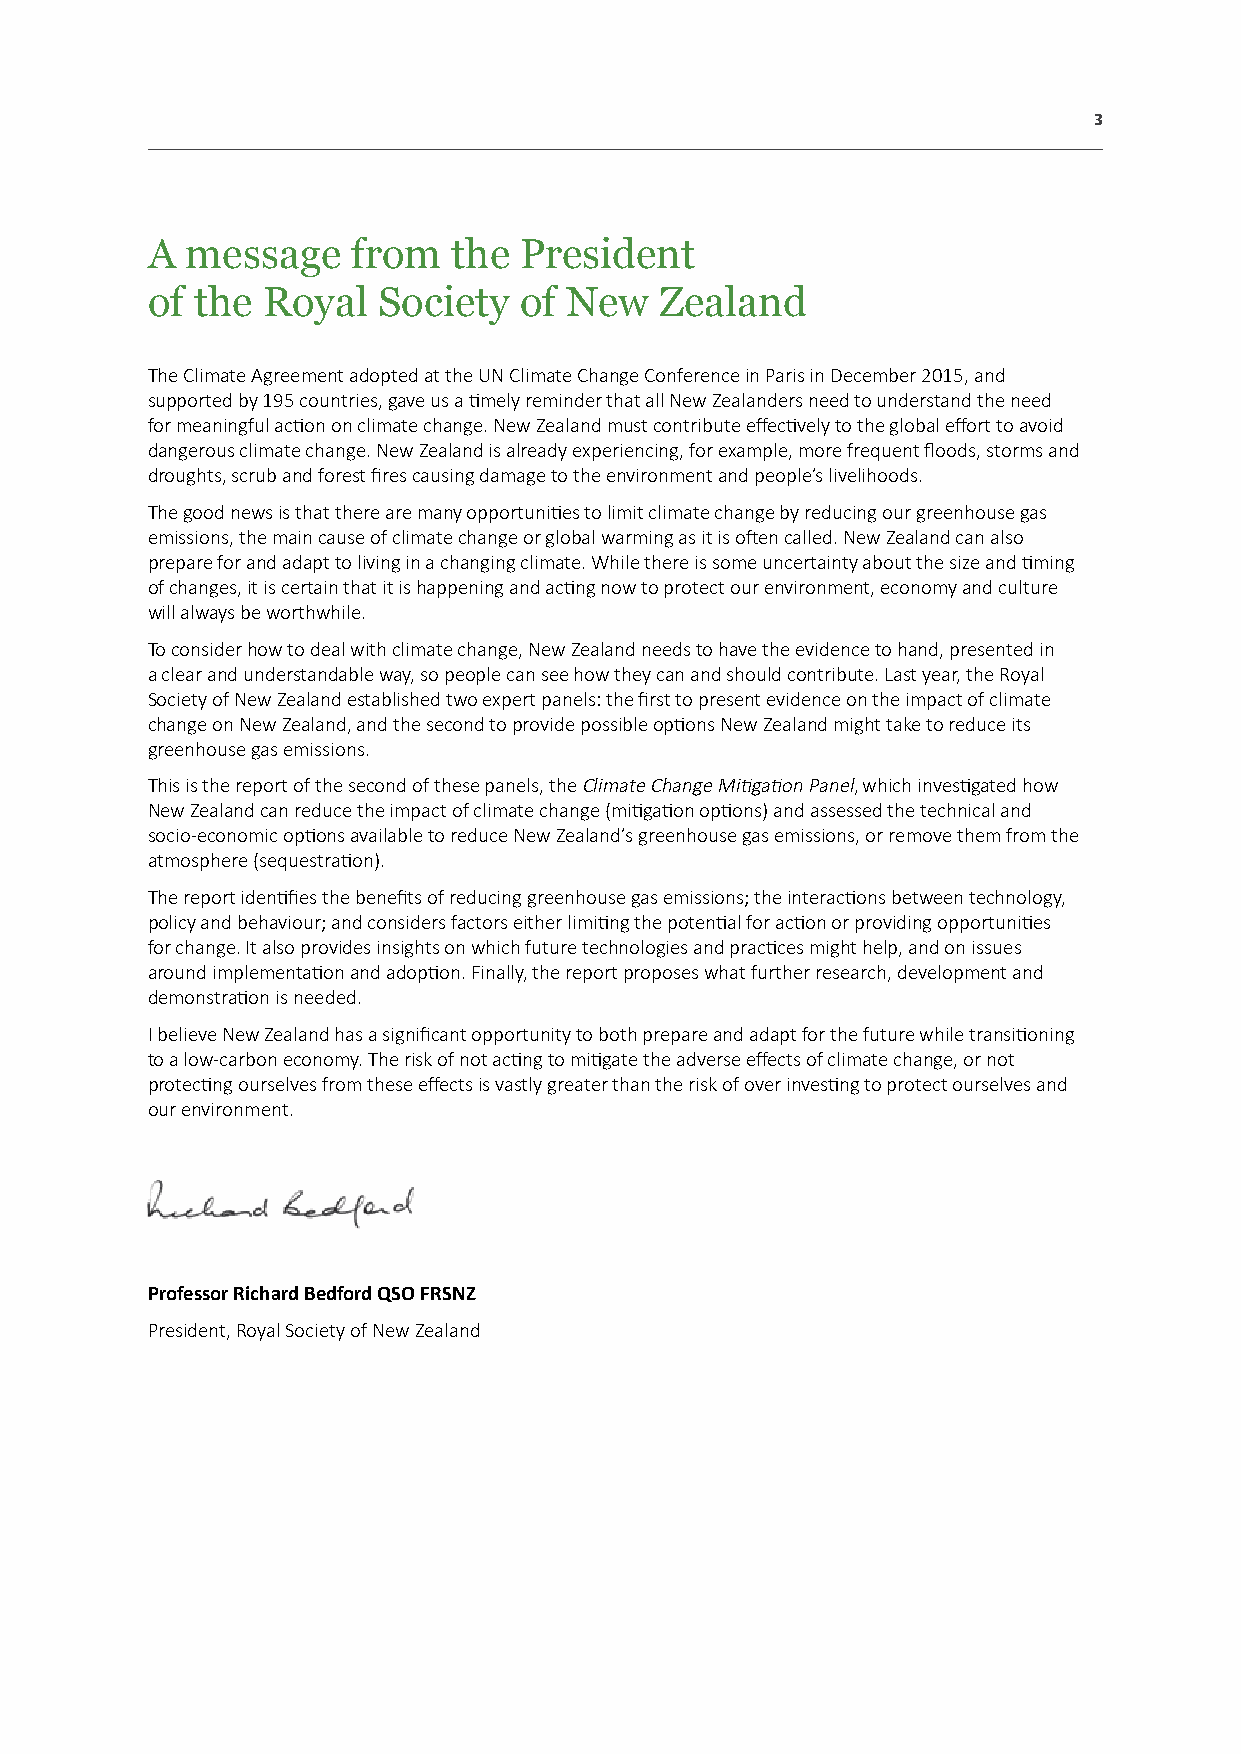
3
 A message    from   the President
 of the Royal   Society  of New    Zealand
 The Climate Agreement adopted at the UN Climate Change Conference in Paris in December 2015, and
 supported by 195 countries, gave us a timely reminder that all New Zealanders need to understand the need
 for meaningful action on climate change. New Zealand must contribute effectively to the global effort to avoid
 dangerous climate change. New Zealand is already experiencing, for example, more frequent floods, storms and
 droughts, scrub and forest fires causing damage to the environment and people’s livelihoods.
 The good news is that there are many opportunities to limit climate change by reducing our greenhouse gas
 emissions, the main cause of climate change or global warming as it is often called. New Zealand can also
 prepare for and adapt to living in a changing climate. While there is some uncertainty about the size and timing
 of changes, it is certain that it is happening and acting now to protect our environment, economy and culture
 will always be worthwhile.
 To consider how to deal with climate change, New Zealand needs to have the evidence to hand, presented in
 a clear and understandable way, so people can see how they can and should contribute. Last year, the Royal
 Society of New Zealand established two expert panels: the first to present evidence on the impact of climate
 change on New Zealand, and the second to provide possible options New Zealand might take to reduce its
 greenhouse gas emissions.
 This is the report of the second of these panels, the Climate Change Mitigation Panel, which investigated how
 New Zealand can reduce the impact of climate change (mitigation options) and assessed the technical and
 socio-economic options available to reduce New Zealand’s greenhouse gas emissions, or remove them from the
 atmosphere (sequestration).
 The report identifies the benefits of reducing greenhouse gas emissions; the interactions between technology,
 policy and behaviour; and considers factors either limiting the potential for action or providing opportunities
 for change. It also provides insights on which future technologies and practices might help, and on issues
 around implementation and adoption. Finally, the report proposes what further research, development and
 demonstration is needed.
 I believe New Zealand has a significant opportunity to both prepare and adapt for the future while transitioning
 to a low-carbon economy. The risk of not acting to mitigate the adverse effects of climate change, or not
 protecting ourselves from these effects is vastly greater than the risk of over investing to protect ourselves and
 our environment.
 Professor Richard Bedford QSO FRSNZ
 President, Royal Society of New Zealand